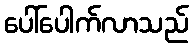
ပေါ်ပေါက်လာသည်